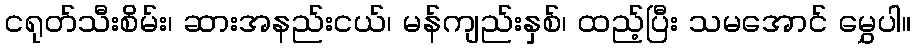
ငရုတ်သီးစိမ်း၊ ဆားအနည်းငယ်၊ မန်ကျည်းနှစ်၊ ထည့်ပြီး သမအောင် မွှေပါ။